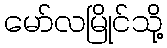
မော်လမြိုင်သို့